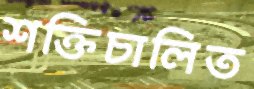
শক্তিচালিত